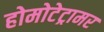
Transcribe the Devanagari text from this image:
होमोटेट्रामर